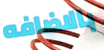
بالاضافه